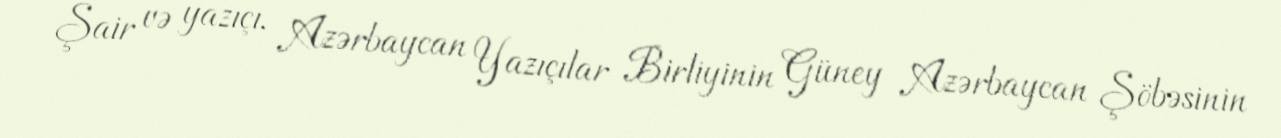
Şair və yazıçı, Azərbaycan Yazıçılar Birliyinin Güney Azərbaycan Şöbəsinin